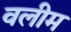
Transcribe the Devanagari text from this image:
वलीम